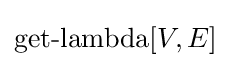
\operatorname {get-lambda} [V,E]